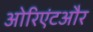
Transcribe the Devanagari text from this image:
ओरिएंटऔर